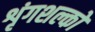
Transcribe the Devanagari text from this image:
शृंगशल्कों